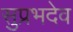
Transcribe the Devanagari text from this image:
सुप्रभदेव